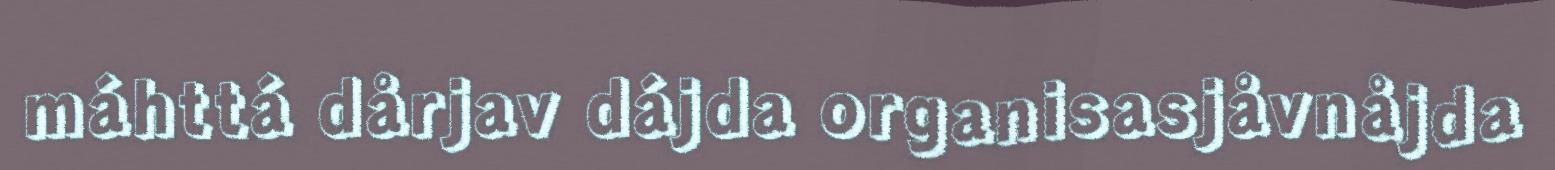
máhttá dårjav dájda organisasjåvnåjda